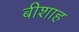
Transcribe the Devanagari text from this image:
बीशाह